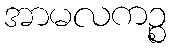
အာမလကဉ္စ